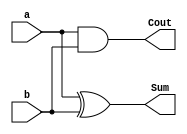
// Designing in Half Adder 
// Sum = a XOR b, Cout = a AND b
// --- Written by Dr. Vikram ---

module Half_Adder(a, b, Sum, Cout);

input a, b; // a and b are inputs with size 1-bit
output Sum, Cout; // Sum and Cout are outputs with size 1-bit

assign Sum = a ^ b; 
assign Cout = a & b; 

endmodule